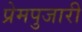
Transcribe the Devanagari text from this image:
प्रेमपुजारी